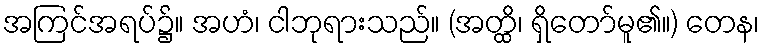
အကြင်အရပ်၌။ အဟံ၊ ငါဘုရားသည်။ (အတ္ထိ၊ ရှိတော်မူ၏။) တေန၊